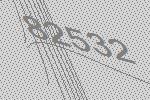
82532